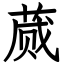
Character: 蒇